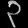
Digit: ၃